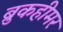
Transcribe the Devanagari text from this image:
ब्रुकहीमर